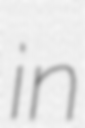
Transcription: in